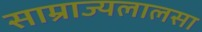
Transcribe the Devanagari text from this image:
साम्राज्यलालसा